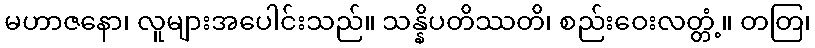
မဟာဇနော၊ လူများအပေါင်းသည်။ သန္နိပတိဿတိ၊ စည်းဝေးလတ္တံ့။ တတြ၊